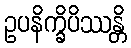
ဥပနိက္ခိပိဿန္တိ